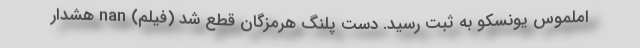
املموس یونسکو به ثبت رسید. دست پلنگ هرمزگان قطع شد (فیلم) nan هشدار